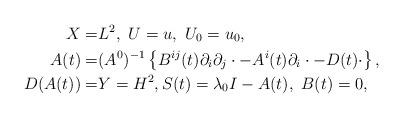
LaTeX: \begin{align*}X=&L^{2},~U=u,~U_{0}=u_{0},\\A(t)=&(A^{0})^{-1}\left\lbrace B^{ij}(t)\partial_{i}\partial_{j}\cdot-A^{i}(t)\partial_{i}\cdot-D(t)\cdot\right\rbrace,\\D(A(t))=&Y=H^{2},S(t)=\lambda_{0}I-A(t),~B(t)=0,\end{align*}